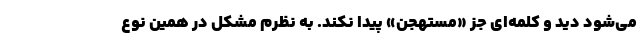
می‌شود دید و کلمه‌ای جز «مستهجن» پیدا نکند. به نظرم مشکل در همین نوع